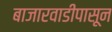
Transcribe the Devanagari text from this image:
बाजारवाडीपासून